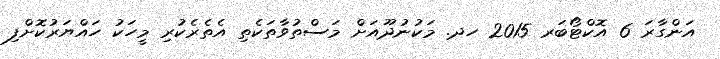
އަންގާރަ 6 އޮކްޓޯބަރ 2015 ހދ. މަކުނުދޫއަށް މަސްތުވާތަކެތި އެތެރެކުރި މީހަކު ހައްޔަރުކޮށްފި